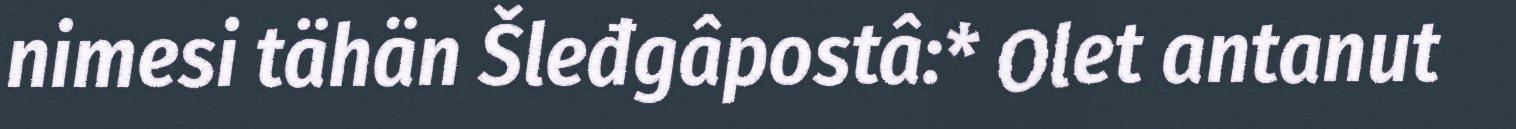
nimesi tähän Šleđgâpostâ:* Olet antanut